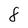
Character: 8